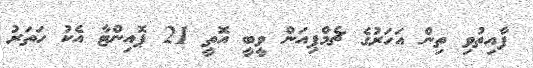
ފާއިތުވި ތިން އަހަރުގެ ޗެމްޕިއަން ވީބީ އޮތީ 21 ޕޮއިންޓާ އެކު ހަތަރު